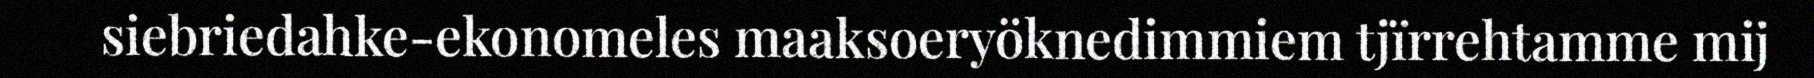
siebriedahke-ekonomeles maaksoeryöknedimmiem tjïrrehtamme mij